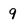
Character: 9